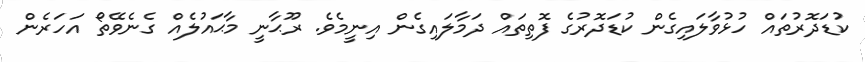
ކުޑަދޮރުތައް ހުޅުވާލައިގެން ކުޑަދޮރުގެ ފޮތިތައް ދަމާލައިގެން އިނީމެވެ. ރޫޙާނީ މާޙައުލެއް ގެނެވޭތޯ އަހަރެން